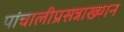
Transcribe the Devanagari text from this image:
पांचालीप्रसन्नाख्यान